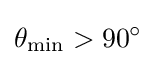
\theta _{\text{min}}>90^{\circ }